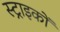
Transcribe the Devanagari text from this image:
स्ट्राइकों